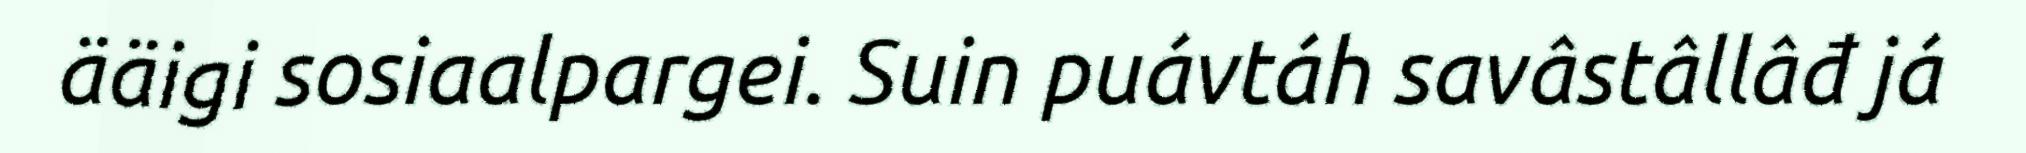
ääigi sosiaalpargei. Suin puávtáh savâstâllâđ já